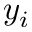
y _ { i }